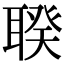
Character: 聧